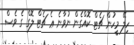
ހިލޭ މީހުން ޗެޓް ކޮއްގެން ނުވާނެ ޢެ ޗެޓް ލޮގް ގެ ވެސް